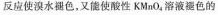
反应使溴水褪色，又能使酸性KMnO_{4}，溶液褪色的